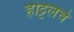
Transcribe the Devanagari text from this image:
होट्टलचे